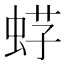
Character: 𧋫